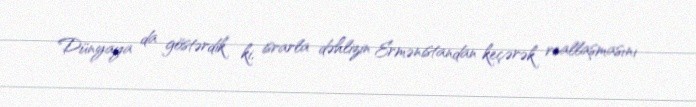
Dünyaya da göstərdik ki, israrla dəhlizin Ermənistandan keçərək reallaşmasını